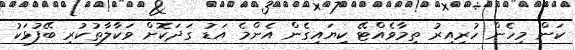
ކަން މިހެން ހުރިއިރު ތިމާވެއްޓޭ ކިޔައިގެން އެންމެ އަޑު ގަދަކޮށް ވަކާލާތުކުރި ބޭފުޅަކު